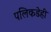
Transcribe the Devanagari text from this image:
पलिकडेही